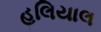
હલિયાલ